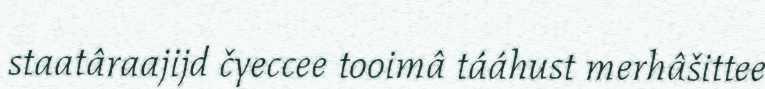
staatâraajijd čyeccee tooimâ tááhust merhâšittee